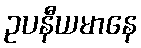
ဥပနီယမာနေ